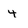
Character: 4